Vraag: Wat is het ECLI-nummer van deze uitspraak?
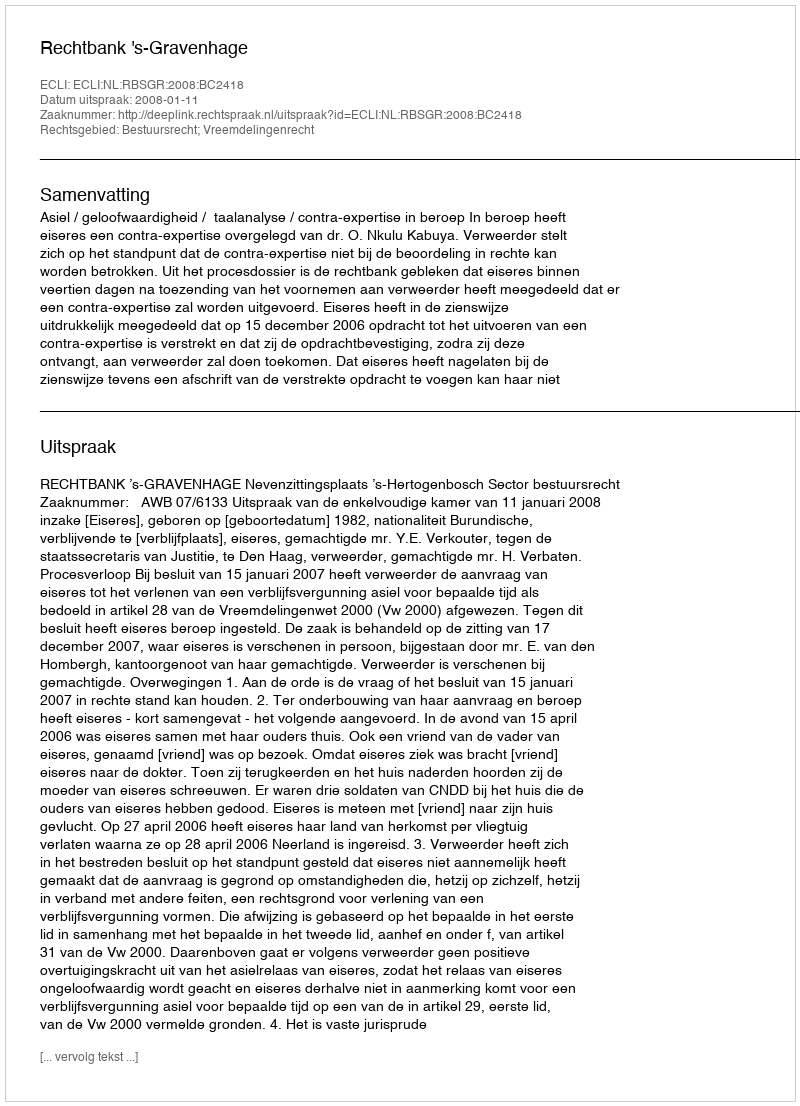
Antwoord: ECLI:NL:RBSGR:2008:BC2418